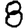
Digit: 8